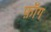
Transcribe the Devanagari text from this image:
फ़ॉग